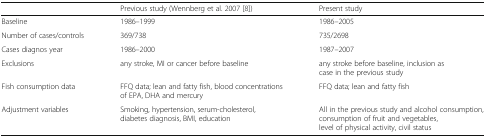
|  | Previous study (Wennberg et al. 2007 [8]) | Present study |
 | --- | --- | --- |
 | Baseline | 1986–1999 | 1986–2005 |
 | Number of cases/controls | 369/738 | 735/2698 |
 | Cases diagnos year | 1986–2000 | 1987–2007 |
 | Exclusions | any stroke, MI or cancer before baseline | any stroke before baseline, inclusion as case in the previous study |
 | Fish consumption data | FFQ data; lean and fatty fish, blood concentrations of EPA, DHA and mercury | FFQ data; lean and fatty fish |
 | Adjustment variables | Smoking, hypertension, serum-cholesterol, diabetes diagnosis, BMI, education | All in the previous study and alcohol consumption, consumption of fruit and vegetables, level of physical activity, civil status |